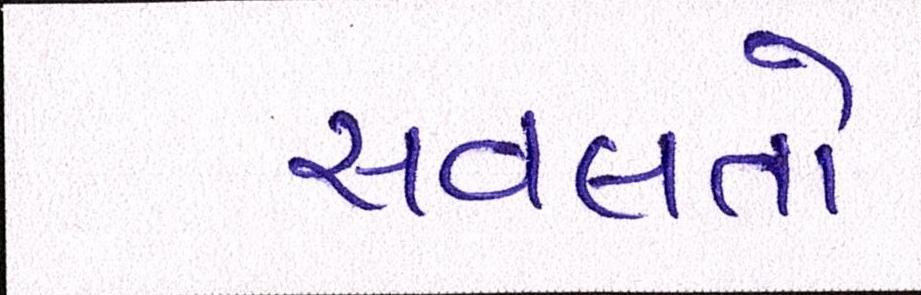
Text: સવલતો